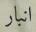
انبار